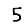
Digit: 5